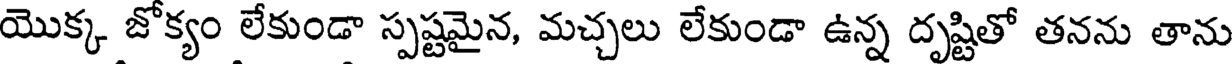
యొక్క జోక్యం లేకుండా స్పష్టమైన, మచ్చలు లేకుండా ఉన్న దృష్టితో తనను తాను